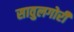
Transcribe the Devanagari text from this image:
सावुलगोरी